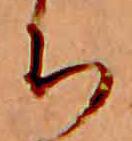
ち